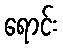
ရောင်း